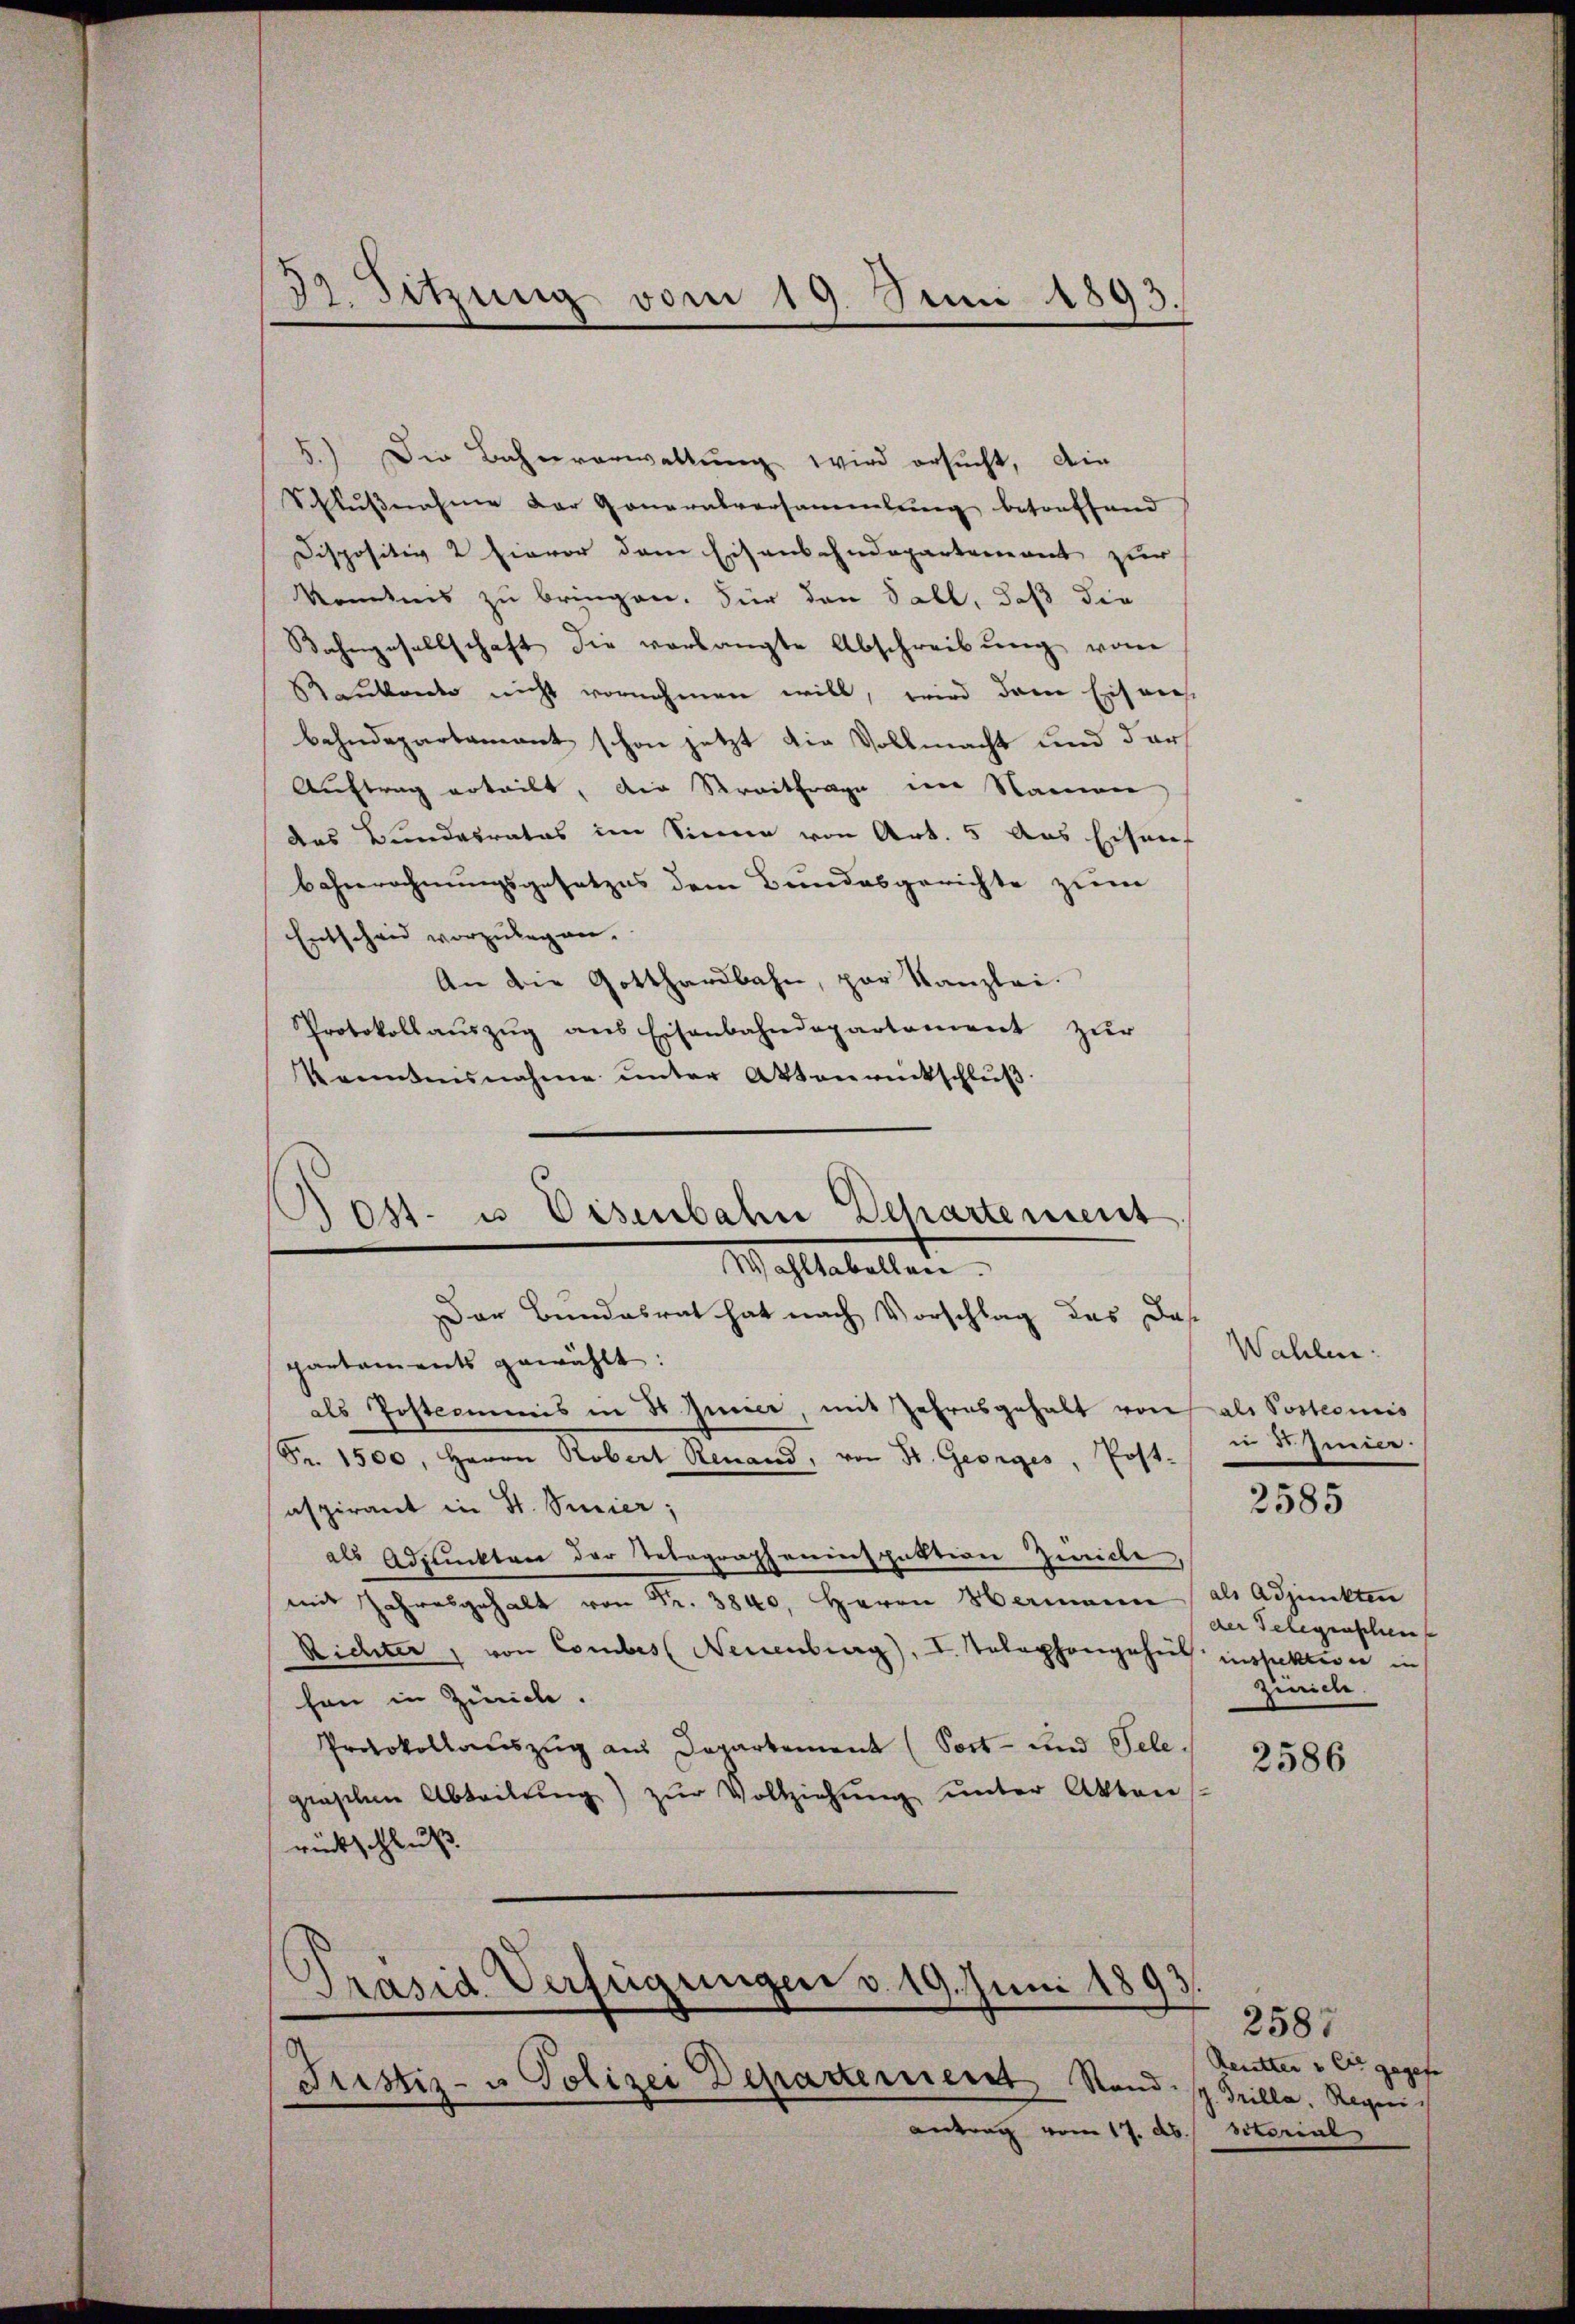
32 Sitzung vom 19. Seni 1893.

5.) Die Bahnverwaltung wird ersucht, die
Schlußnahme der Generalversammlung betreffend
Dispositiv 2 hievor dem Eisenbahndepartement zur
Kentnis zu bringen. Für den Sall, daß die
Bahngesellschaft die verlangte Abschreibung von
Reukanto nicht vornehmen will, wird dem Eifers
bahndepartement schon jetzt die Vollmacht und dar
Auftrag erteilt, die Streitfrage im Namen
das Bundesrates im Sinne von Art. 5 aus Eisen
bahnrechnungsgesetzes dem Bundesgerichte zum
Entscheid vorzulegen.
An die Gotthardbahn, par Kanzlei.
Protokoll aŭszŭg ans Eisenbahndepartement zur
Kenntnisnahme unter Aktenrückschluß

Der Bundesrat hat nach Vorschlag des Das
partaments gewählt:
als Postcommis in 3 Junier, mit Jahresgehalt von als Postcomis
Fr. 1500, Herrn Robert Renand, von St. Georges, Post-
aspirant in St. Sinier;
als Adjunkten der Telegrapheninspektion Zwicke
mit Jahresgehalt von Fr. 3840. Herrn Hermann als Adjunkten
Richter, von Comtes Neuenburg), I. Telephongehus inspektion in
han in Zürich.
Protokollauszug aus Departement (Post- und Tele.
graschen Abteilŭng zŭr Vollziehŭng unter Aktens
rückschluß
Präsid. Verfügungen v. 19. Juni 1893.
Justiz- u. Polizei Departement Stand. s. Grilla, Regniantrag vom 17. Ab. Octorial

Fest. u Visibahn Departement
Wahltabellen.

Wahlen:
in dem

2585

der Gelegenschen
Zürich.

2586

2587
Resutter u. Er gegebe